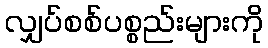
လျှပ်စစ်ပစ္စည်းများကို